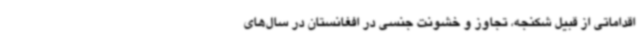
اقداماتی از قبیل شکنجه، تجاوز و خشونت جنسی در افغانستان در سال‌های